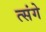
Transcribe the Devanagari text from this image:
त्संगे